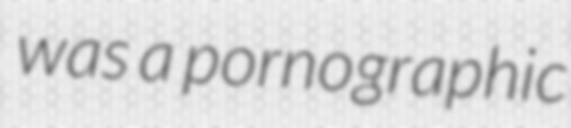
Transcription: was a pornographic